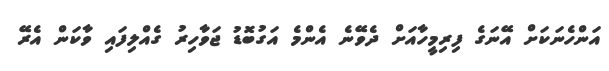
އަންހެނަކަށް އޭނަގެ ފިރިމީހާއަށް ދެވޭނެ އެންމެ އަގުބޮޑު ޖަވާހިރު ގެއްލިފައި ވާކަން އެރޭ